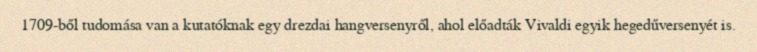
1709-ből tudomása van a kutatóknak egy drezdai hangversenyről, ahol előadták Vivaldi egyik hegedűversenyét is.